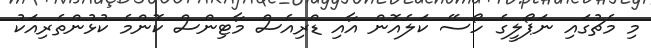
މި މެޗުގައި ނަޕޯލީގެ ހޯސޭ ކަލެއޮން އާއި ޑްރިއެސް މާޓިންސް ކޮންމެ ކުޅުންތެރިއަކު